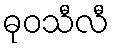
ဓုဝသီလီ